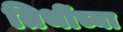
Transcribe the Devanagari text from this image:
तिथींच्या